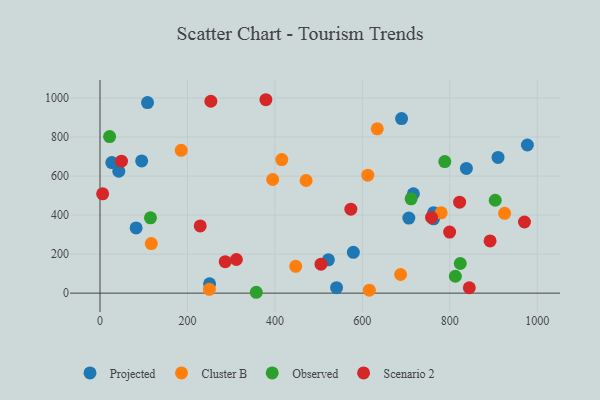
{"axis": {"x": "Distance", "y": "Profit"}, "legend": ["Cluster B", "Observed", "Projected", "Scenario 2"], "data": [{"x": "910.3", "y": 695.7, "type": "Projected"}, {"x": "716.7", "y": 509.4, "type": "Projected"}, {"x": "522.3", "y": 170.7, "type": "Projected"}, {"x": "250.6", "y": 47.8, "type": "Projected"}, {"x": "108.7", "y": 977.0, "type": "Projected"}, {"x": "763.0", "y": 412.5, "type": "Projected"}, {"x": "579.4", "y": 209.0, "type": "Projected"}, {"x": "706.3", "y": 384.8, "type": "Projected"}, {"x": "689.7", "y": 895.0, "type": "Projected"}, {"x": "43.0", "y": 624.8, "type": "Projected"}, {"x": "95.3", "y": 677.5, "type": "Projected"}, {"x": "27.0", "y": 669.0, "type": "Projected"}, {"x": "762.8", "y": 380.7, "type": "Projected"}, {"x": "82.6", "y": 334.5, "type": "Projected"}, {"x": "837.9", "y": 639.0, "type": "Projected"}, {"x": "541.0", "y": 27.9, "type": "Projected"}, {"x": "977.4", "y": 759.2, "type": "Projected"}, {"x": "185.7", "y": 732.2, "type": "Cluster B"}, {"x": "394.9", "y": 582.4, "type": "Cluster B"}, {"x": "471.3", "y": 577.3, "type": "Cluster B"}, {"x": "615.9", "y": 15.1, "type": "Cluster B"}, {"x": "117.3", "y": 254.1, "type": "Cluster B"}, {"x": "780.2", "y": 411.7, "type": "Cluster B"}, {"x": "634.1", "y": 842.1, "type": "Cluster B"}, {"x": "447.6", "y": 137.6, "type": "Cluster B"}, {"x": "250.1", "y": 19.7, "type": "Cluster B"}, {"x": "687.4", "y": 95.6, "type": "Cluster B"}, {"x": "415.8", "y": 684.7, "type": "Cluster B"}, {"x": "612.4", "y": 604.7, "type": "Cluster B"}, {"x": "925.3", "y": 409.3, "type": "Cluster B"}, {"x": "711.5", "y": 483.2, "type": "Observed"}, {"x": "812.7", "y": 86.5, "type": "Observed"}, {"x": "823.9", "y": 152.0, "type": "Observed"}, {"x": "788.5", "y": 674.3, "type": "Observed"}, {"x": "22.0", "y": 802.5, "type": "Observed"}, {"x": "115.4", "y": 385.8, "type": "Observed"}, {"x": "357.4", "y": 4.4, "type": "Observed"}, {"x": "903.9", "y": 476.1, "type": "Observed"}, {"x": "311.9", "y": 172.5, "type": "Scenario 2"}, {"x": "573.7", "y": 430.4, "type": "Scenario 2"}, {"x": "253.5", "y": 983.5, "type": "Scenario 2"}, {"x": "844.6", "y": 27.6, "type": "Scenario 2"}, {"x": "286.4", "y": 161.4, "type": "Scenario 2"}, {"x": "229.2", "y": 344.3, "type": "Scenario 2"}, {"x": "379.4", "y": 991.4, "type": "Scenario 2"}, {"x": "505.4", "y": 148.5, "type": "Scenario 2"}, {"x": "799.6", "y": 313.2, "type": "Scenario 2"}, {"x": "758.2", "y": 387.9, "type": "Scenario 2"}, {"x": "970.7", "y": 364.5, "type": "Scenario 2"}, {"x": "822.4", "y": 466.3, "type": "Scenario 2"}, {"x": "6.0", "y": 509.1, "type": "Scenario 2"}, {"x": "49.1", "y": 676.2, "type": "Scenario 2"}, {"x": "892.1", "y": 267.4, "type": "Scenario 2"}]}